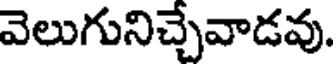
వెలుగునిచ్చేవాడవు.